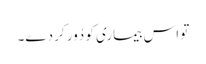
تو اس بیماری کو دُور کر دے۔